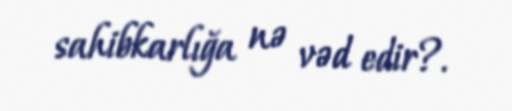
sahibkarlığa nə vəd edir?.